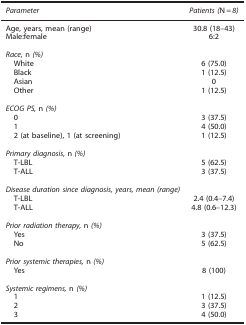
| Parameter | Patients (N=8) |
 | --- | --- |
 | Age, years, mean (range) | 30.8 (18–43) |
 | Male:female | 6:2 |
 |  |  |
 | <COLSPAN=2> Race, n (%) |
 | White | 6 (75.0) |
 | Black | 1 (12.5) |
 | Asian | 0 |
 | Other | 1 (12.5) |
 |  |  |
 | <COLSPAN=2> ECOG PS, n (%) |
 | 0 | 3 (37.5) |
 | 1 | 4 (50.0) |
 | 2 (at baseline), 1 (at screening) | 1 (12.5) |
 |  |  |
 | <COLSPAN=2> Primary diagnosis, n (%) |
 | T-LBL | 5 (62.5) |
 | T-ALL | 3 (37.5) |
 |  |  |
 | <COLSPAN=2> Disease duration since diagnosis, years, mean (range) |
 | T-LBL | 2.4 (0.4–7.4) |
 | T-ALL | 4.8 (0.6–12.3) |
 |  |  |
 | <COLSPAN=2> Prior radiation therapy, n (%) |
 | Yes | 3 (37.5) |
 | No | 5 (62.5) |
 |  |  |
 | <COLSPAN=2> Prior systemic therapies, n (%) |
 | Yes | 8 (100) |
 |  |  |
 | <COLSPAN=2> Systemic regimens, n (%) |
 | 1 | 1 (12.5) |
 | 2 | 3 (37.5) |
 | 3 | 4 (50.0) |